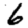
Digit: 6